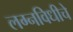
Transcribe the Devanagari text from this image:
लग्नविधीचे